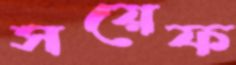
সয়েফ